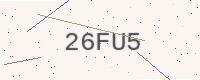
Text: 26FU5